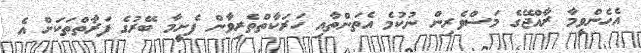
އެހެންވީމާ ރާއްޖޭގެ މަސްވެރިން ނުކުމެ އެތަންތާއި ހަރަކާތްތެރިވާން ފެށީމާ ބޭރުގެ ފަރާތްތަކަށް އެ